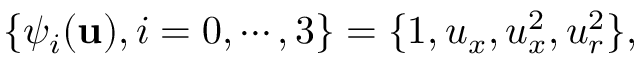
\{ \psi _ { i } ( \mathbf { u } ) , i = 0 , \cdots , 3 \} = \{ 1 , u _ { x } , u _ { x } ^ { 2 } , u _ { r } ^ { 2 } \} ,